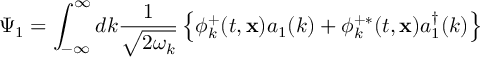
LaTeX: \Psi _ { 1 } = \int _ { - \infty } ^ { \infty } d k \frac { 1 } { \sqrt { 2 \omega _ { k } } } \left\{ \phi _ { k } ^ { + } ( t , { \bf x } ) a _ { 1 } ( k ) + \phi _ { k } ^ { + \ast } ( t , { \bf x } ) a _ { 1 } ^ { \dagger } ( k ) \right\}